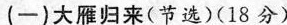
(一)大雁归来(节选)(18分)